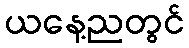
ယနေ့ညတွင်